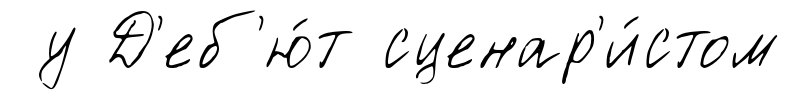
у Д'еб'ю́т сценар'и́стом